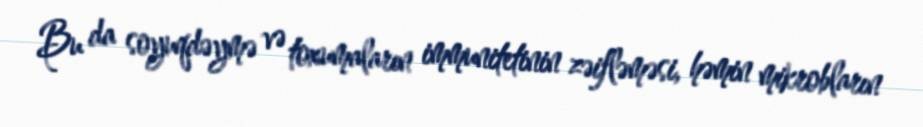
Bu da soyuqdəymə və toxumaların immunitetinin zəifləməsi, həmin mikrobların